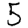
Digit: 5